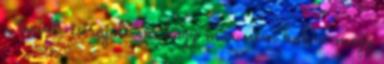
a tervet, és rájöttem, hogy már nem babra megy